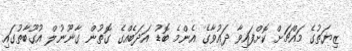
ޒިޔަތުގެ މައްޗަށް ކޮށްފައިވާ ދައުވާގެ އެންމެ ބޮޑު އަދަބެއްގެ ގޮތުން ގާނޫނުލް އުގޫބާތުގައި